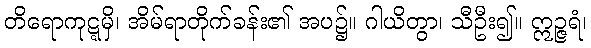
တိရောကုဋ္ဋမှိ၊ အိမ်ရာတိုက်ခန်း၏ အပ၌။ ဂါယိတွာ၊ သီဦး၍။ ဣဉ္ဇရံ၊